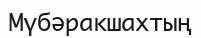
Мүбәракшахтың